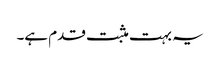
یہ بہت مثبت قدم ہے۔